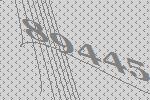
89445